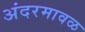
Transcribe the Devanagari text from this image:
अंदरमावळ